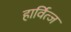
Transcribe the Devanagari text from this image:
हार्वित्ज